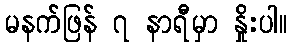
မနက်ဖြန် ၇ နာရီမှာ နှိုးပါ။